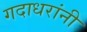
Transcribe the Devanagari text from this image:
गदाधरांनी